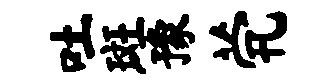
吐斑豫茕